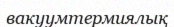
вакуумтермиялық